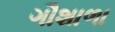
ગૌશાળા